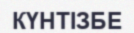
КҮНТІЗБЕ